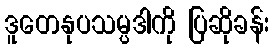
ဒူတေနုပသမ္ပဒါကို ပြဆိုခန်း